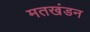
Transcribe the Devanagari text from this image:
मतखंडन